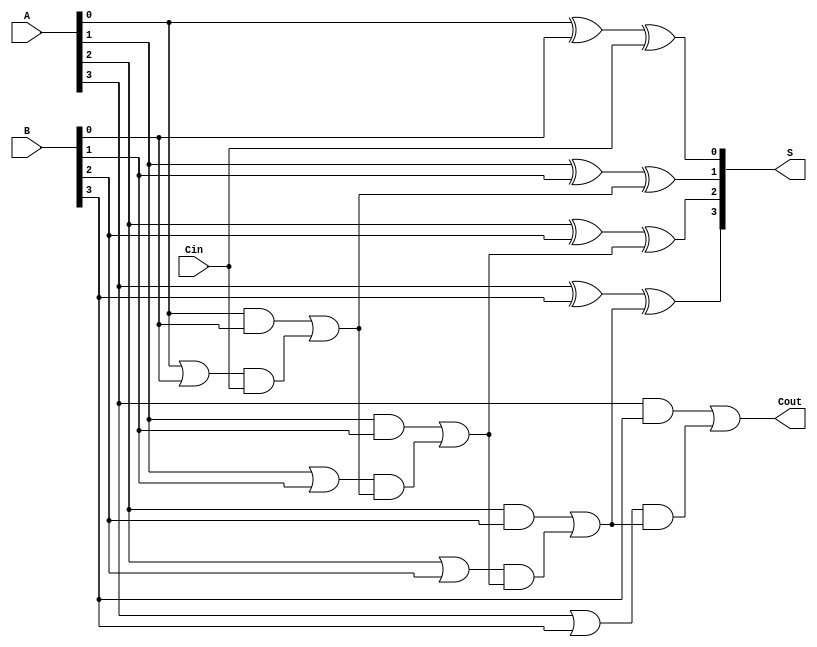
module CarryLookaheadAdder #(parameter n = 4) (
    input  [n-1:0] A,     // First n-bit input
    input  [n-1:0] B,     // Second n-bit input
    input          Cin,    // Carry-in
    output [n-1:0] S,      // n-bit sum output
    output         Cout     // Carry-out
);

    wire [n-1:0] G; // Generate signals
    wire [n-1:0] P; // Propagate signals
    wire [n:0] C;   // Carry signals

    // Generate and Propagate calculations
    genvar i;
    generate
        for (i = 0; i < n; i = i + 1) begin : gen_prop
            assign G[i] = A[i] & B[i]; // Gi = Ai AND Bi
            assign P[i] = A[i] | B[i]; // Pi = Ai OR Bi
        end
    endgenerate

    // Carry generation logic
    assign C[0] = Cin; // C0 = Cin

    generate
        for (i = 0; i < n; i = i + 1) begin : carry_gen
            assign C[i + 1] = G[i] | (P[i] & C[i]); // Ci = Gi-1 OR (Pi-1 AND Ci-1)
        end
    endgenerate

    // Sum calculation
    generate
        for (i = 0; i < n; i = i + 1) begin : sum_calc
            assign S[i] = A[i] ^ B[i] ^ C[i]; // Si = Ai XOR Bi XOR Ci
        end
    endgenerate

    // Carry-out
    assign Cout = C[n]; // Cout = Cn

endmodule